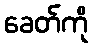
ခေတ်ကို